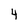
Character: 4